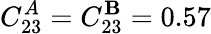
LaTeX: C_{23}^{A}=C_{23}^{\mathbf{B}}=0.57